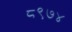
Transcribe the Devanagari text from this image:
८९७४